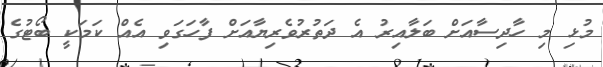
މުޅި މި ހާދިސާއަށް ބަލާއިރު އެ ދަތުރުވެރިޔާއަށް ފާހަގަވި އެއް ކަމަކީ ބޯޓުގެ